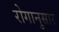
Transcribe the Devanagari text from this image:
रोगानुसार